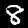
Label: 8